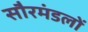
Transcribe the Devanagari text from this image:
सौरमंडलों